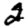
Digit: 2